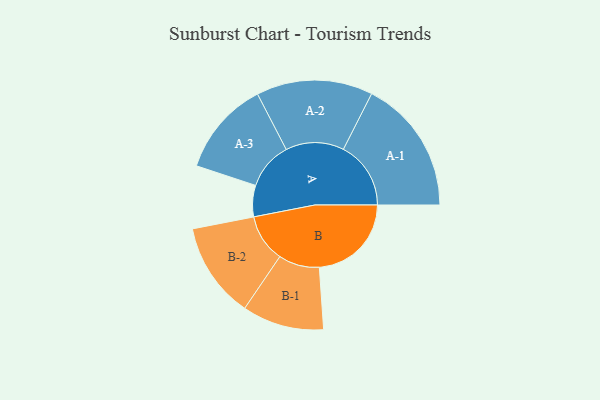
{"axis": {"x": "Segment", "y": "Value"}, "legend": ["", "A", "B"], "data": [{"x": "A", "y": 125, "type": ""}, {"x": "B", "y": 367, "type": ""}, {"x": "A-1", "y": 269, "type": "A"}, {"x": "A-2", "y": 232, "type": "A"}, {"x": "A-3", "y": 189, "type": "A"}, {"x": "B-1", "y": 163, "type": "B"}, {"x": "B-2", "y": 191, "type": "B"}]}